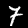
Label: 7